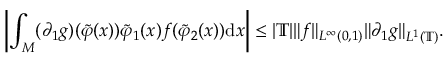
\left| \int _ { M } ( \partial _ { 1 } g ) ( \tilde { \varphi } ( x ) ) \tilde { \varphi } _ { 1 } ( x ) f ( \tilde { \varphi } _ { 2 } ( x ) ) \mathrm { d } x \right| \leq | \mathbb { T } | \| f \| _ { L ^ { \infty } ( 0 , 1 ) } \| \partial _ { 1 } g \| _ { L ^ { 1 } ( \mathbb { T } ) } .